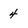
Character: 4